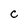
Character: C